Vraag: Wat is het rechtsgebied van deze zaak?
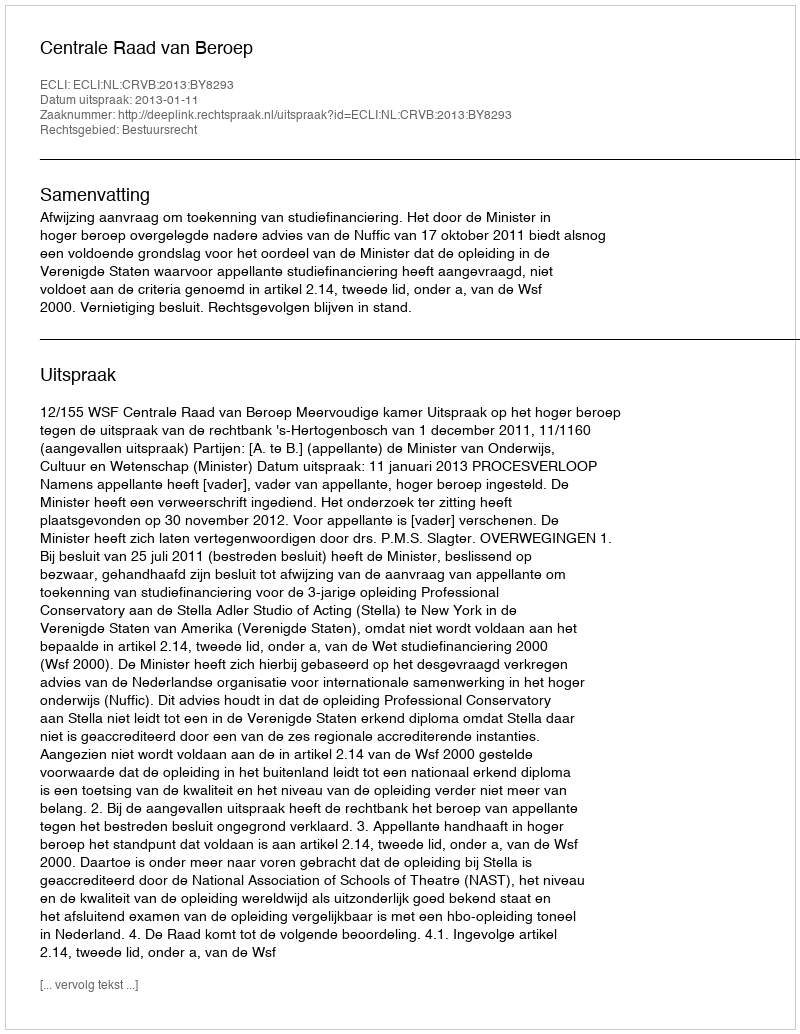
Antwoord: Bestuursrecht